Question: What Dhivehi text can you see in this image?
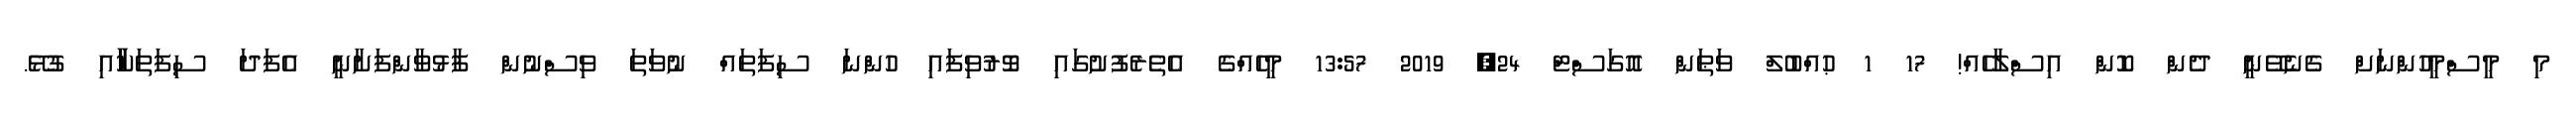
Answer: މި މީސްމީހުންނަށް ގެނެވޭނީ ދެން ކޮން އިސްލާހެއް! 17 1 ޙުއްބުލް ވަޠަން އޮގަސްޓް 24, 2019 13:57 މީހެއްގެ އެތެރެފުށުގައި ވޮރުވިފައި ހުންނަ ސިފަތައް ނުވަތަ ވިސްނުން ފާޅުވާންފަށާނީ އެފަދަ ސިފަތަކާާާާއި ގުޅޭ.